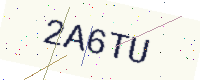
Text: 2A6TU